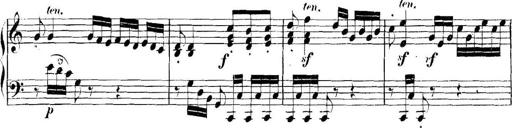
Title: Collected Piano Sonatas
Composer: Muzio Clementi